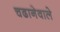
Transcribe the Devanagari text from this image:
चढानेवाले